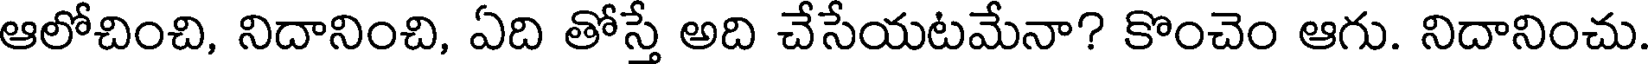
ఆలోచించి, నిదానించి, ఏది తోస్తే అది చేసేయటమేనా? కొంచెం ఆగు. నిదానించు